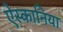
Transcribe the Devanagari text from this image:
ऐस्कानिया